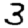
Digit: 3